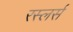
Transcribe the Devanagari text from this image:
रस्लर्स